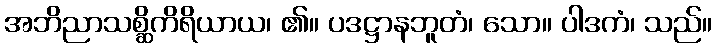
အဘိညာသစ္ဆိကိရိယာယ၊ ၏။ ပဒဋ္ဌာနဘူတံ၊ သော။ ပါဒကံ၊ သည်။